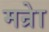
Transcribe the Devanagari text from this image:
मन्रेा